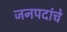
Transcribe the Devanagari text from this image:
जनपदांचे